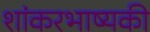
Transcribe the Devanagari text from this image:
शांकरभाष्यकी